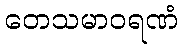
တေသမာဝရဏံ